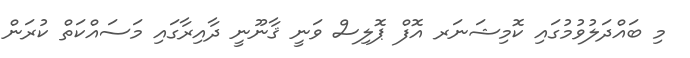
މި ބައްދަލުވުމުގައި ކޮމިޝަނަރ އޮފް ޕޮލިސް ވަނީ ޤާނޫނީ ދާއިރާގައި މަސައްކަތް ކުރަން